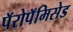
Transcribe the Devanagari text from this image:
पॅरोपॅमिसेड